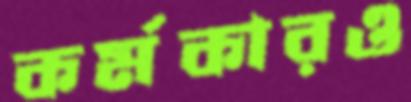
কর্মকারও